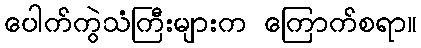
ပေါက်ကွဲသံကြီးများက ကြောက်စရာ။